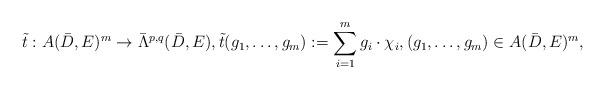
LaTeX: \begin{align*}\tilde t: A(\bar{D},E)^m\rightarrow \bar{\Lambda}^{p,q}(\bar{D},E),\tilde t(g_1,\dots,g_m):=\sum_{i=1}^m g_i\cdot\chi_i,(g_1,\dots, g_m)\in A(\bar D,E)^m,\end{align*}